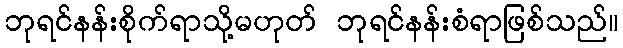
ဘုရင်နန်းစိုက်ရာသို့မဟုတ် ဘုရင်နန်းစံရာဖြစ်သည်။